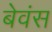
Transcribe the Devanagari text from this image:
बेवंस